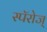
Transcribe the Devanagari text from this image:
स्पॅरोज्